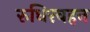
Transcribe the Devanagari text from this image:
रुधिरवहन